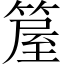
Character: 箼